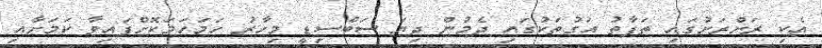
އެކި ރަށްރަށުގައި ތަފާތު އަގުތަކުގައި ދެމުން ދިޔަ ސަބްސިޑީ މިހާރު ހަމަހަމަކޮށްފައިވާ ކަމަށާއި